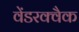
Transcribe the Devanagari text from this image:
वेंडरक्वैक